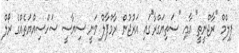
ފިލްމް "ރާޖްނީތީ" އާއި "ސަތިޔަގްރާ"ގައި އަރުޖުން ރާމްޕާލް ވަނީ ސިޔާސީ ސަހްސިއްޔަތެއްގެ ރޯލް